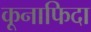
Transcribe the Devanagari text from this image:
कूनाफिदा